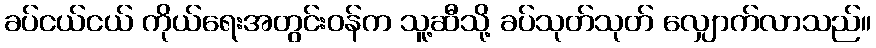
ခပ်ငယ်ငယ် ကိုယ်ရေးအတွင်းဝန်က သူ့ဆီသို့ ခပ်သုတ်သုတ် လျှောက်လာသည်။